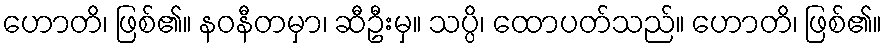
ဟောတိ၊ ဖြစ်၏။ နဝနီတမှာ၊ ဆီဦးမှ။ သပ္ပိ၊ ထောပတ်သည်။ ဟောတိ၊ ဖြစ်၏။